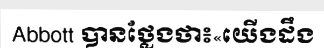
Abbott បានថ្លែងថា៖«យើងដឹង